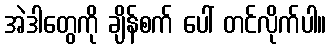
အဲဒါတွေကို ချိန်စက် ပေါ် တင်လိုက်ပါ။